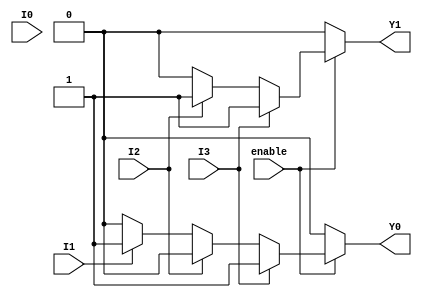
module encoder_4to2 (
    input wire I0,
    input wire I1,
    input wire I2,
    input wire I3,
    input wire enable,      // Optional enable signal
    output reg Y1,
    output reg Y0
);

always @(*) begin
    if (!enable) begin
        // When enable is low, set outputs to a specific state (e.g., 00)
        Y1 = 1'b0;
        Y0 = 1'b0;
    end else begin
        // Priority encoding logic
        if (I3) begin
            Y1 = 1'b1; // I3 active
            Y0 = 1'b1;
        end else if (I2) begin
            Y1 = 1'b1; // I2 active
            Y0 = 1'b0;
        end else if (I1) begin
            Y1 = 1'b0; // I1 active
            Y0 = 1'b1;
        end else if (I0) begin
            Y1 = 1'b0; // I0 active
            Y0 = 1'b0;
        end else begin
            // No active input
            Y1 = 1'b0;
            Y0 = 1'b0;
        end
    end
end

endmodule